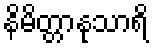
နိမိတ္တာနုသာရိ